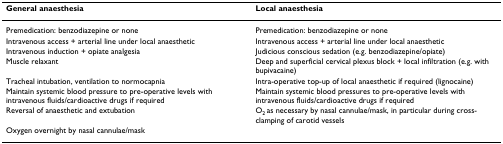
<table><thead><tr><td><b>General anaesthesia</b></td><td><b>Local anaesthesia</b></td></tr></thead><tbody><tr><td>Premedication: benzodiazepine or none</td><td>Premedication: benzodiazepine or none</td></tr><tr><td>Intravenous access + arterial line under local anaesthetic</td><td>Intravenous access + arterial line under local anaesthetic</td></tr><tr><td>Intravenous induction + opiate analgesia</td><td>Judicious conscious sedation (e.g. benzodiazepine/opiate)</td></tr><tr><td>Muscle relaxant</td><td>Deep and superficial cervical plexus block + local infiltration (e.g. with bupivacaine)</td></tr><tr><td>Tracheal intubation, ventilation to normocapnia</td><td>Intra-operative top-up of local anaesthetic if required (lignocaine)</td></tr><tr><td>Maintain systemic blood pressure to pre-operative levels with intravenous fluids/cardioactive drugs if required</td><td>Maintain systemic blood pressures to pre-operative levels with intravenous fluids/cardioactive drugs if required</td></tr><tr><td>Reversal of anaesthetic and extubation</td><td>O<sub>2 </sub>as necessary by nasal cannulae/mask, in particular during cross-clamping of carotid vessels</td></tr><tr><td>Oxygen overnight by nasal cannulae/mask</td><td></td></tr></tbody></table>